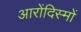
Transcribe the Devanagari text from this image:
आरोंदिस्मों